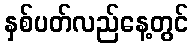
နှစ်ပတ်လည်နေ့တွင်